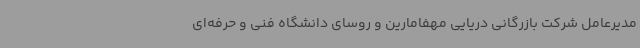
مدیرعامل شرکت بازرگانی دریایی مهفامارین و روسای دانشگاه فنی و حرفه‌ای